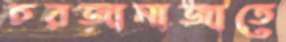
চরজানাজাতে